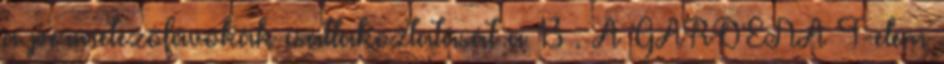
a permetezőfúvókák csatlakoztatását a 13 . A GARDENA T-elem